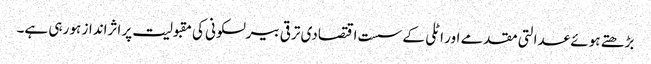
بڑھتے ہوئے عدالتی مقدمے اور اٹلی کے سست اقتصادی ترقی بیرلسکونی کی مقبولیت پر اثرانداز ہو رہی ہے۔